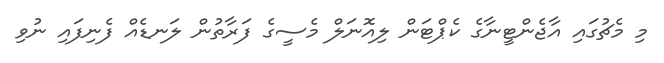
މި މެޗުގައި އާޖެންޓީނާގެ ކެޕްޓަން ލިއޮނަލް މެސީގެ ފަރާތުން ލަނޑެއް ފެނިފައި ނުވި